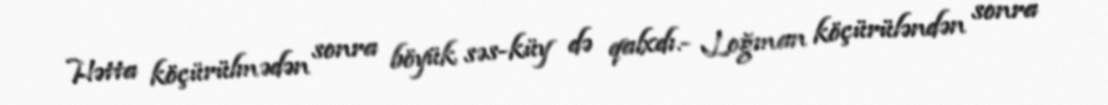
Hətta köçürülmədən sonra böyük səs-küy də qalxdı.- Loğman köçürüləndən sonra